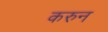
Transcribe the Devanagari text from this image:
करुन